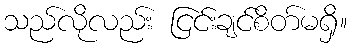
သည်လိုလည်း ငြင်းချင်စိတ်မရှိ။